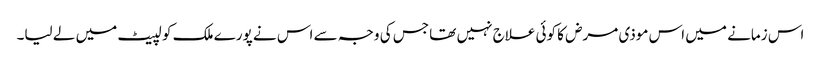
اس زمانے میں اس موذی مرض کا کوئی علاج نہیں تھا جس کی وجہ سے اس نے پورے ملک کو لپیٹ میں لے لیا۔